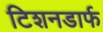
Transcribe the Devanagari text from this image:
टिशनडार्फ